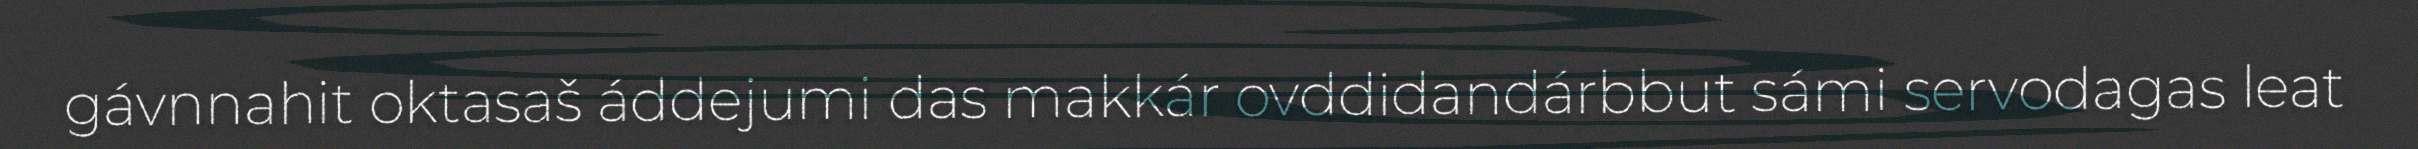
gávnnahit oktasaš áddejumi das makkár ovddidandárbbut sámi servodagas leat